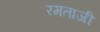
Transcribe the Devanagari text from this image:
रमताजी